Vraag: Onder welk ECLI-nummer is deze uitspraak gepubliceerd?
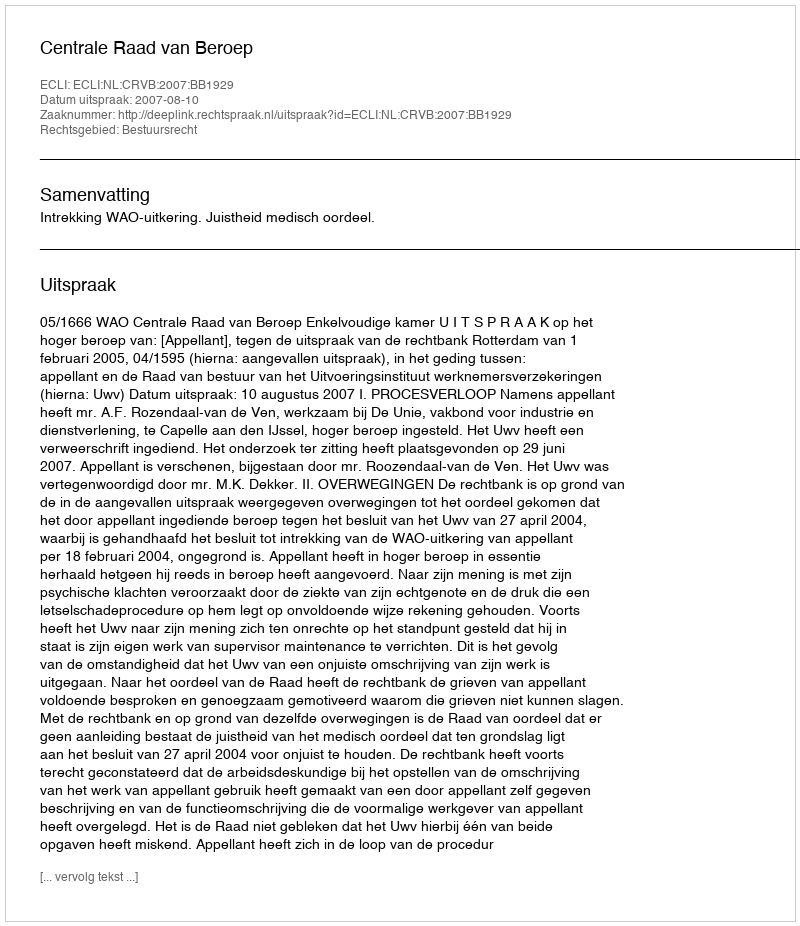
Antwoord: ECLI:NL:CRVB:2007:BB1929